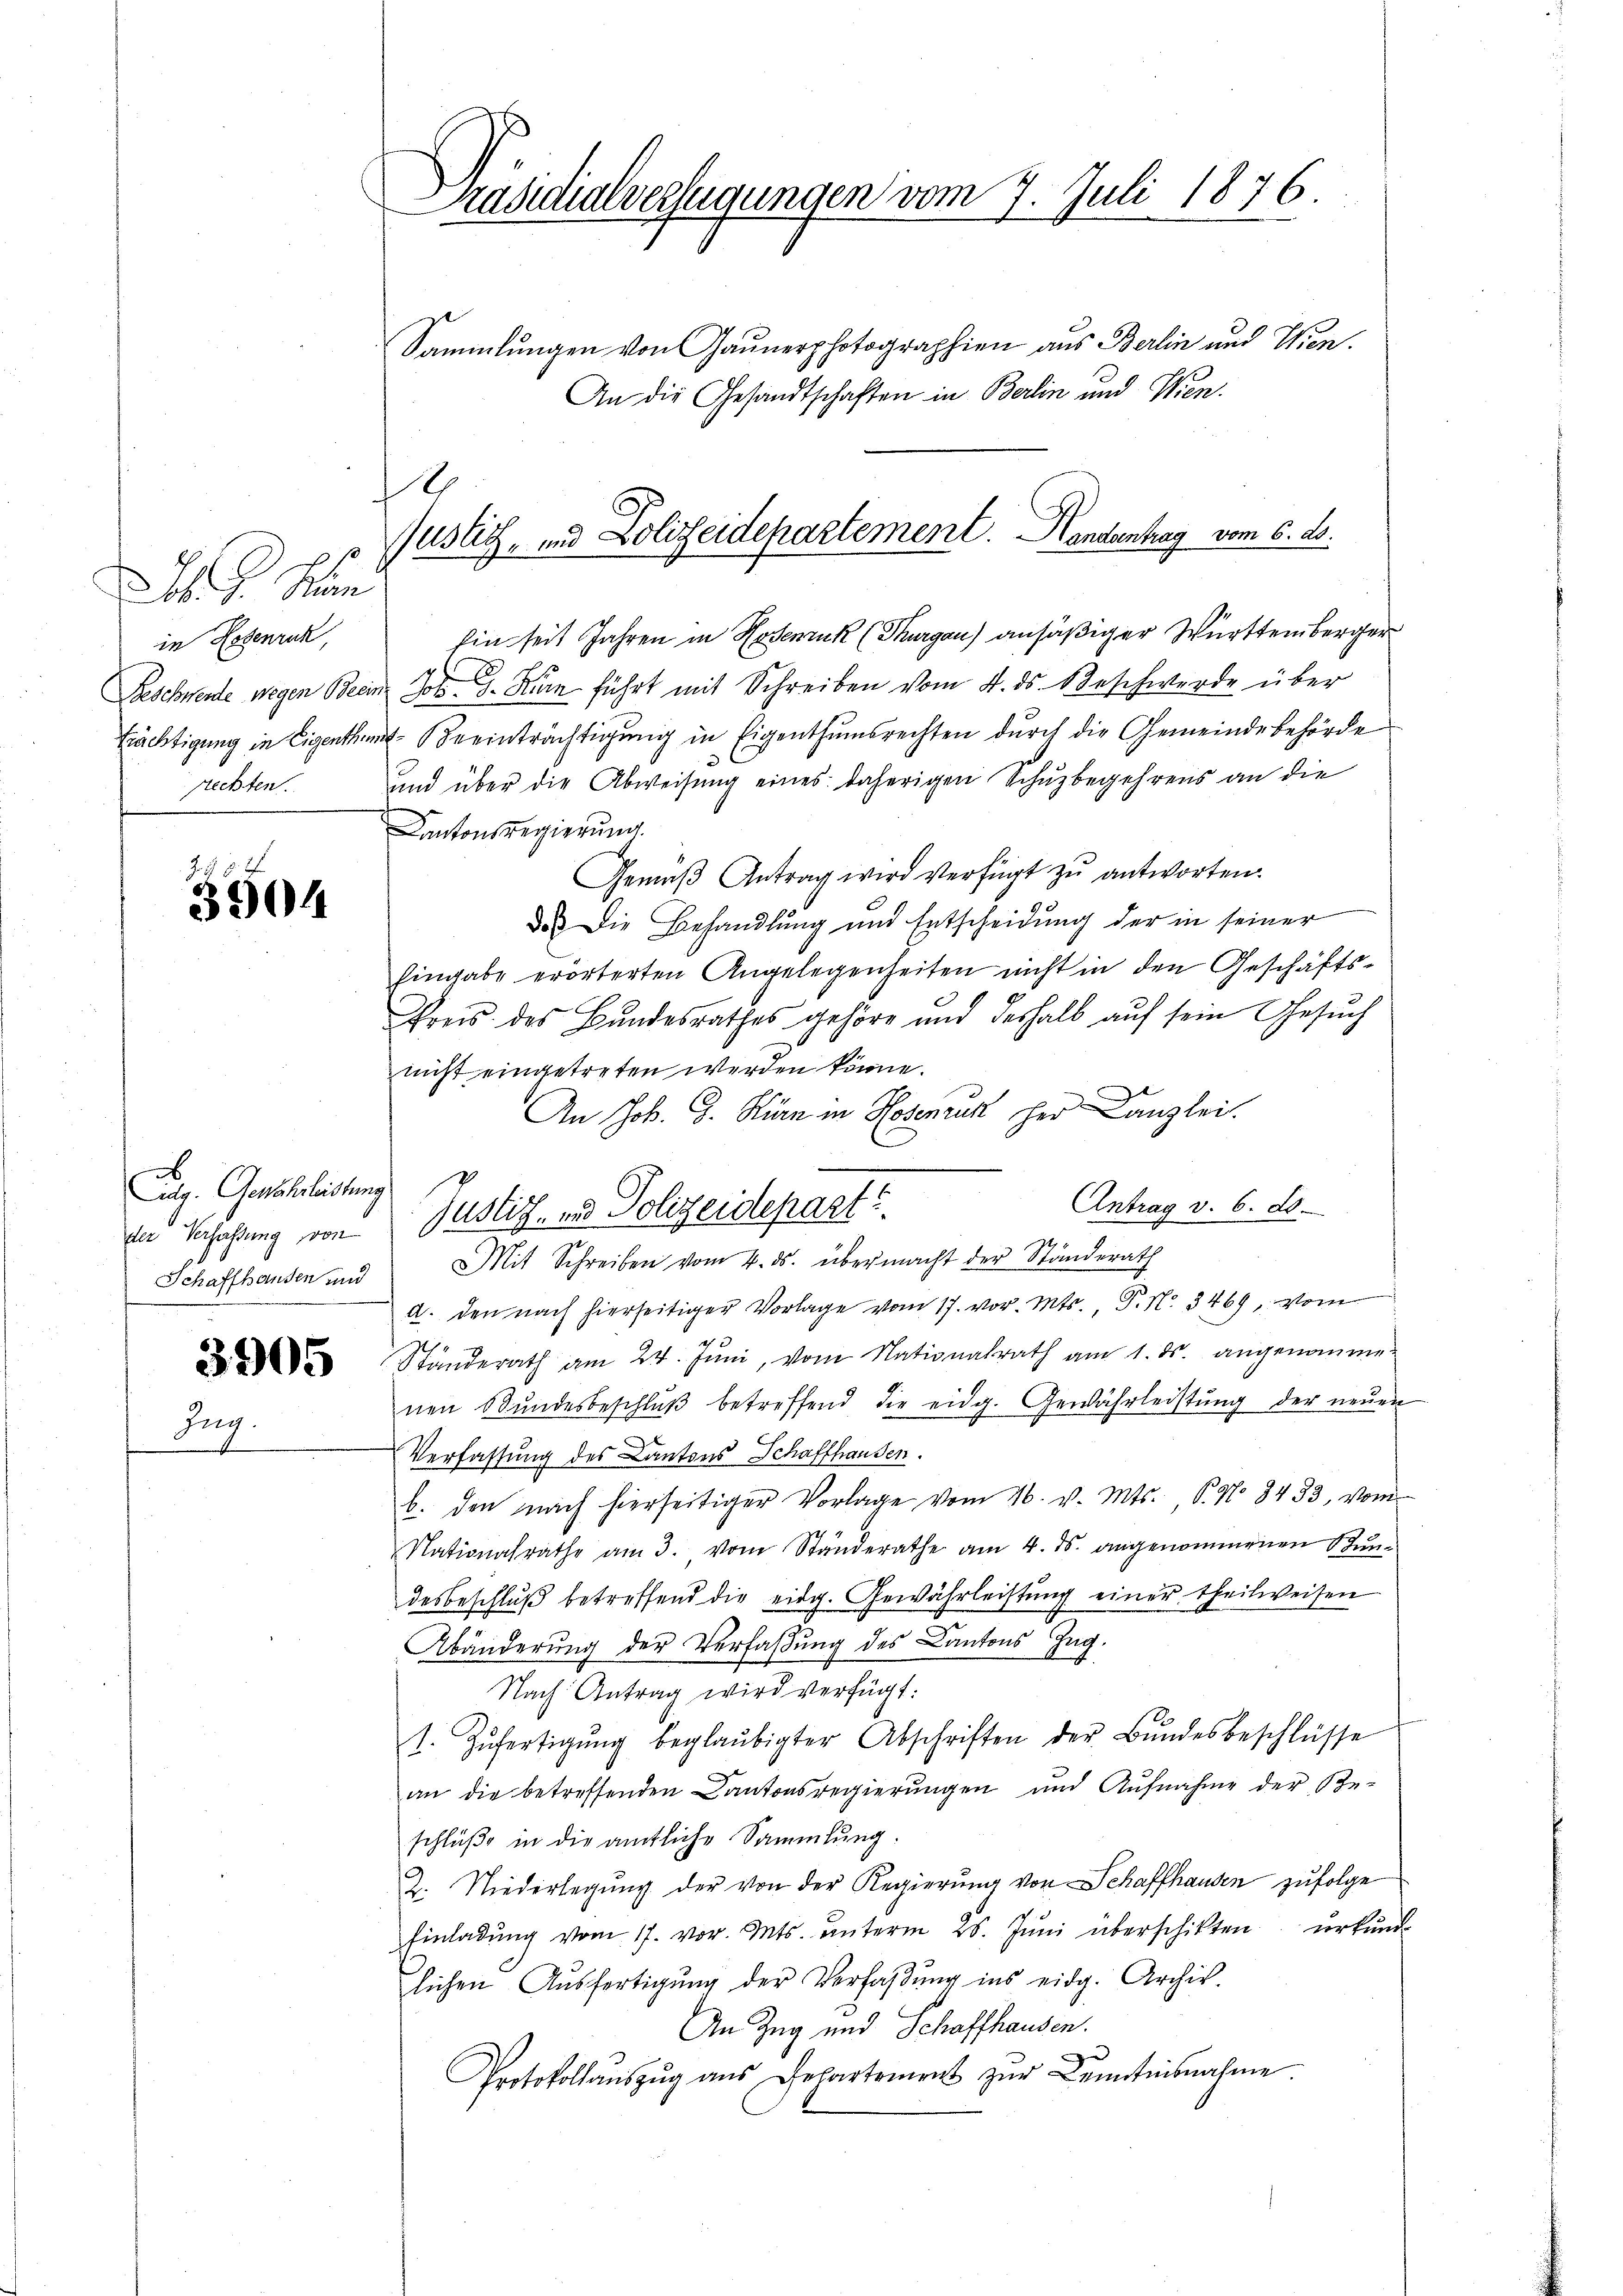
J. Kan
in Hosenruk,
Beschwende wegen Beei
Erächtigung in Eigenth
rechten.

Inn

3504

A
dg. Gewährleistung
der Verfassung von
Schaffhausen und

3905

Präsidialverfügungen vom 7. Juli 1876.

.
Justiz- und Polizeidepartement. Handenhag vom 6. ds.

Sammlungen von Gaunerphotographien aus Berlin und Wien.
An die Gesandtschaften in Berlin und Wien.
Ein seit Jahren in Hosenzuk (Thurgau) ansäßiger Württemberger
Jos. 3. Man führt mit Schreiben vom 4. ds. Beschwerde über
 Beeinträchtigŭng in Eigenthŭmsrechten dŭrch die Gemeindebehörde
und über die Abweisung eines daherigen Schuzbegehrens an die
Kantonsregierung.
Gemäβ Antrag wird verfügt zu antworten.
das die Behandlung und Entscheidung der in seiner
hingabe erörterten Angelegenheiten nicht in den Geschäfts¬
Preis des Bundesrathes gehöre und deshalb aŭf sein Gesŭch
nicht eingetreten werden könne.
An Joh. G. Kurn in Hosenruk her Kanzlei.
Antrag v. 6. 20.
Mit Schreiben vom 4. ds. übermacht der Standerath
a. den nach hierseitiger Vorlage vom 17. vor. Mts. P. Nr. 3469, vom
Standerath am 24. Juni, vom Nationalrath am 1. ds. angenommen
nen Bundesbeschluß betreffend die eidg. Gewährleistung der neuen
Verfassung des Cantons Schaffhausen.
b. den nach hierseitiger Vorlage vom 26. v. Mts., S. No 8433, vom
Nationalrathe am 3. vom Ständerathe am 4. ds. angenommenen Rŭn-
desbeschluß betreffend die eidg. Gewährleistung einer theilweisen
Abänderung der Verfaßung des Cantons Zug.
Nach Antrag wird verfügt:
1. Zŭfertigŭng beglaubigter Abschriften der Bŭndesbeschlüsse
an die betreffenden Cantonsregierungen und Aŭfnahme der Spe-
schlüße in die amtliche Sammlung
2. Niederlegŭng der von der Regierŭng von Schaffhausen zufolge
Einladŭng vom 17. vor. Mts. ŭnterm 25. Jŭni überschikten urkun
lichen Ausfertigung der Verfaßung ins eidg. Archiv.
An Zug und Schaffhausen.
d
Protokollaŭszŭg ans Departement zŭr Kenntnisnahme

Justiz- und Polizeidepart?